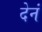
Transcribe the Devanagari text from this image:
देनं